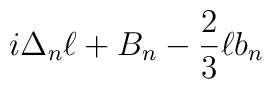
i \Delta_n \ell + B_n - {2 \over 3} \ell b_n